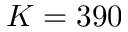
K = 3 9 0